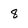
Character: 8